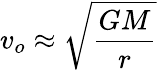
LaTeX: v_{o}\approx{\sqrt{\frac{GM}{r}}}